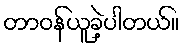
တာဝန်ယူခဲ့ပါတယ်။